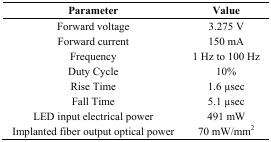
| Parameter | Value |
 | --- | --- |
 | Forward voltage | 3.275 V |
 | Forward current | 150 mA |
 | Frequency | 1 Hz to 100 Hz |
 | Duty Cycle | 10% |
 | Rise Time | 1.6 μsec |
 | Fall Time | 5.1 μsec |
 | LED input electrical power | 491 mW |
 | Implanted fiber output optical power | 70 mW/mm2 |